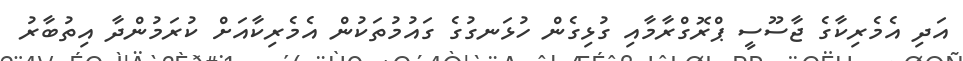
އަދި އެމެރިކާގެ ޖާސޫސީ ޕްރޮގްރާމާއި ގުޅިގެން ހުޅަނގުގެ ގައުމުތަކުން އެމެރިކާއަށް ކުރަމުންދާ އިތުބާރު